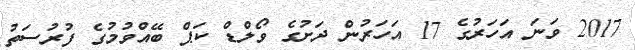
2017 ވަނަ އަހަރުގެ 17 އަހަރުން ދަށުގެ ވޯލްޑް ކަޕް ބޭއްވުމުގެ ފުރުސަތު